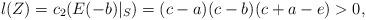
LaTeX: \begin{align*}l(Z)=c_2(E(-b)|_S)=(c-a)(c-b)(c+a-e)>0,\end{align*}